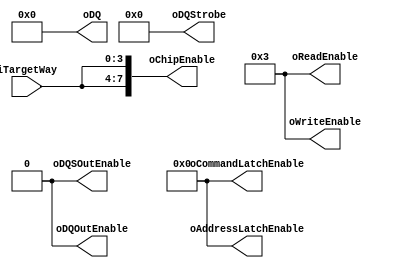
module NFC_Atom_Command_Idle
#
(
    parameter NumberOfWays    =   4
)
(
    iTargetWay              ,

    oDQSOutEnable           ,
    oDQOutEnable            ,
    oDQStrobe               ,
    oDQ                     ,
    oChipEnable             ,
    oReadEnable             ,
    oWriteEnable            ,
    oAddressLatchEnable     ,
    oCommandLatchEnable  
);
    input   [NumberOfWays - 1:0]    iTargetWay              ;

    output                          oDQSOutEnable           ;
    output                          oDQOutEnable            ;

    output  [7:0]                   oDQStrobe               ;
    output  [31:0]                  oDQ                     ;
    output  [2*NumberOfWays - 1:0]  oChipEnable             ;
    output  [3:0]                   oReadEnable             ;
    output  [3:0]                   oWriteEnable            ;
    output  [3:0]                   oAddressLatchEnable     ;
    output  [3:0]                   oCommandLatchEnable     ;

    localparam Write_Valid = 4'b0010;
    localparam Write_Idle  = 4'b0011;

    localparam Out_Enable  = 0;
    localparam Out_Disable = 1;

    assign oDQSOutEnable       = Out_Enable ;
    assign oDQOutEnable        = Out_Enable ;   
    
    assign oDQStrobe           = 8'h0       ;   
    assign oDQ                 = 32'h0000   ;   
    assign oChipEnable         = { iTargetWay,iTargetWay };   
    assign oReadEnable         = 4'b0011    ;   
    assign oWriteEnable        = Write_Idle ;   
    assign oAddressLatchEnable = 4'h0       ;   
    assign oCommandLatchEnable = 4'h0       ; 

endmodule